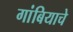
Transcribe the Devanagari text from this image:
गांबियाचे